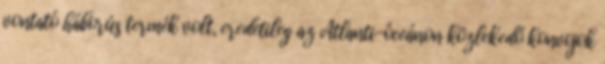
vontató háborús termék volt, eredetileg az Atlanti-óceánon közlekedő konvojok